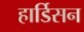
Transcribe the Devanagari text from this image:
हार्डिसन